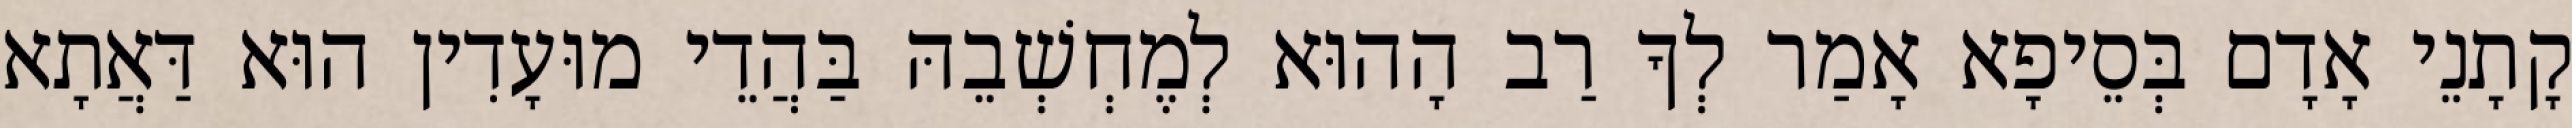
קָתָנֵי אָדָם בְּסֵיפָא אָמַר לְךָ רַב הָהוּא לְמֶחְשְׁבֵהּ בַּהֲדֵי מוּעָדִין הוּא דַּאֲתָא